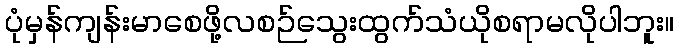
ပုံမှန်ကျန်းမာစေဖို့လစဉ်သွေးထွက်သံယိုစရာမလိုပါဘူး။